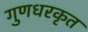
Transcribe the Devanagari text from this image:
गुणधरकृत